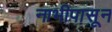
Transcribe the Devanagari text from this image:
नाभीपासून